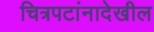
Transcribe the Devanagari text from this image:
चित्रपटांनादेखील